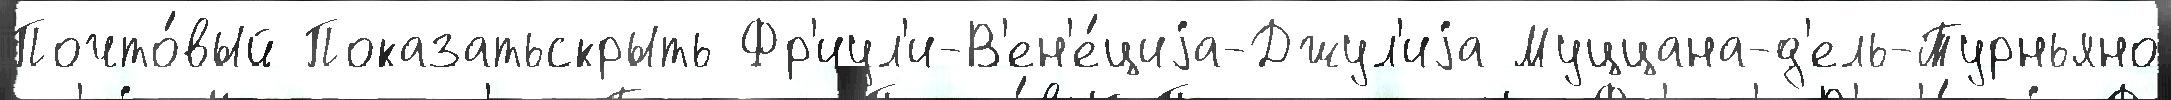
Почто́вый Показатьскрыть Фр'иул'и-В'ен'е́циjа-Джул'иjа Муццана-д'ель-Турньяно